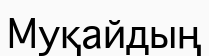
Муқайдың